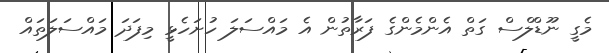
މެގީ ނޫޑްލްސް ގަތް އެންމެންގެ ފަރާތުން އެ މައްސަލަ ހުށަހެޅީ މިފަދަ މައްސަލަތައް